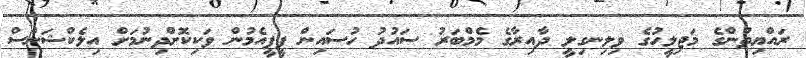
ރައްޔިތުންގެ މަޖިލީހުގެ ވިލިނގިލީ ދާއިރާގެ މެމްބަރު ސައުދު ހުސައިން ޕީޕީއެމުން ވަކިކޮށްދިނުމަށް އިލެކްޝަންސް